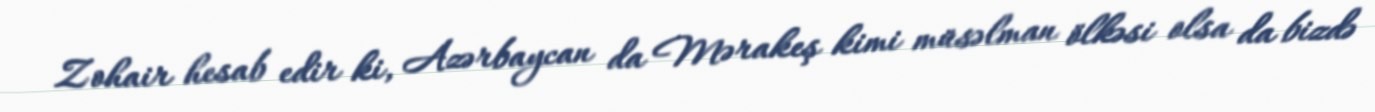
Zohair hesab edir ki, Azərbaycan da Mərakeş kimi müsəlman ölkəsi olsa da bizdə